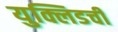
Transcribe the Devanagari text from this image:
युक्लिडची